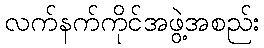
လက်နက်ကိုင်အဖွဲ့အစည်း